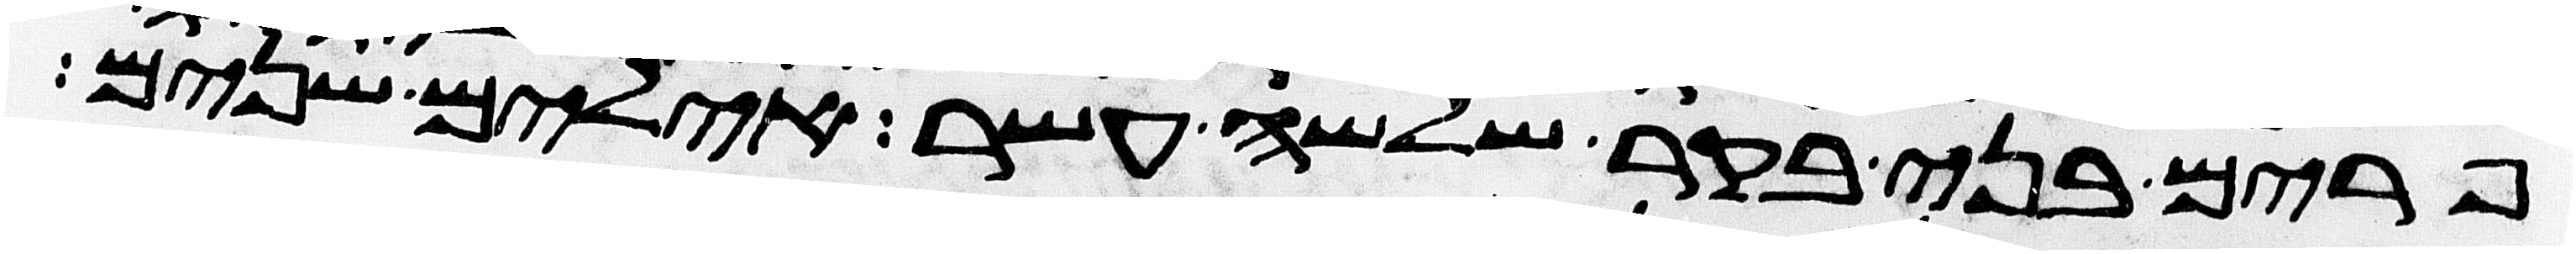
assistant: פרים בני בקר שלשה עשר אילים שנים